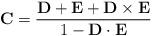
LaTeX: \begin{align*} {\bf C} = {{\bf D + E + D\times E}\over 1-{\bf D\cdot E}}\end{align*}